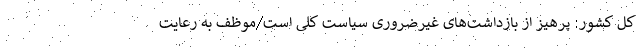
کل کشور: پرهیز از بازداشت‌های غیرضروری سیاست کلی است/موظف به رعایت